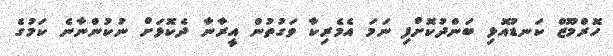
ހޮރްމޫޒް ކަނޑުއޮޅި ބަންދުކޮށްފި ނަމަ އެމެރިކާ ވަގުތުން އީރާނާ ދެކޮޅަށް ނުކުންނާނެ ކަމުގެ